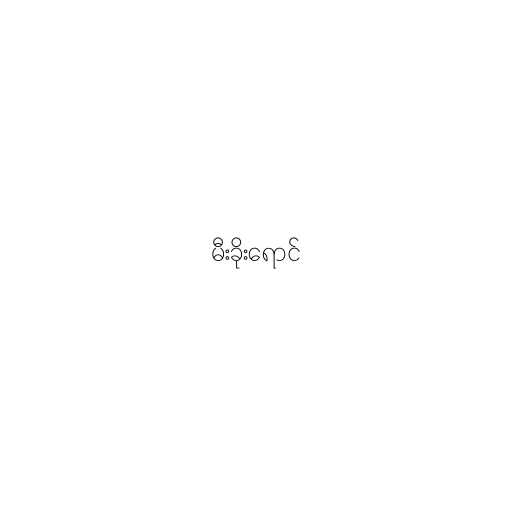
မီးခိုးရောင်